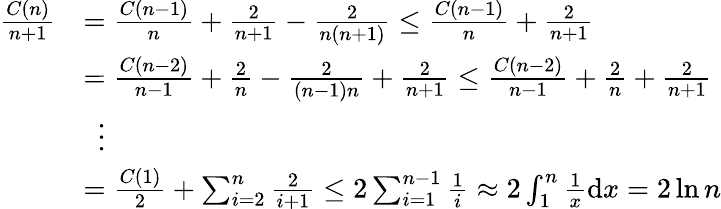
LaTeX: {\begin{array}{rl}{{\frac{C(n)}{n+1}}}&{={\frac{C(n-1)}{n}}+{\frac{2}{n+1}}-{\frac{2}{n(n+1)}}\leq{\frac{C(n-1)}{n}}+{\frac{2}{n+1}}}\\ &{={\frac{C(n-2)}{n-1}}+{\frac{2}{n}}-{\frac{2}{(n-1)n}}+{\frac{2}{n+1}}\leq{\frac{C(n-2)}{n-1}}+{\frac{2}{n}}+{\frac{2}{n+1}}}\\ &{\ \ \vdots}\\ &{={\frac{C(1)}{2}}+\sum_{i=2}^{n}{\frac{2}{i+1}}\leq 2\sum_{i=1}^{n-1}{\frac{1}{i}}\approx 2\int_{1}^{n}{\frac{1}{x}}\mathrm{d}x=2\ln n}\end{array}}